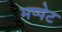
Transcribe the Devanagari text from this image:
मप्पेट